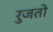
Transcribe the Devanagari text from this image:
रुजतो